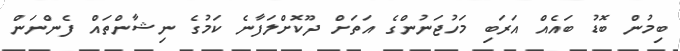
ބިމުން ބޮޑު ބައެއް އަރަބި މަހުޖަނުންގެ އަތަށް ދޫކޮށްލަފާނެ ކަމުގެ ނިޝާންތައް ފެންނަން